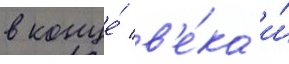
в конце́ в'е́ка и́